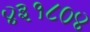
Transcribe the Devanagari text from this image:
४३१८०४